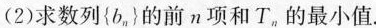
(2)求数列{b_{n}}的前n项和T_{n}的最小值.